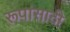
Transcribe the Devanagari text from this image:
रूपांसाठी